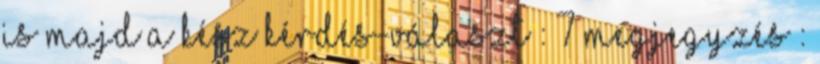
is majd a kész kérdés-választ : 7 megjegyzés :